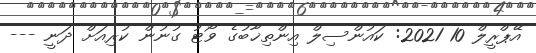
އޭޕްރީލް 10 2021: ކައުންސިލް އިންތިޚާބުގެ ވޯޓު ގުނުން ކުރިއަށް ދަނީ ---